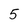
Character: 5